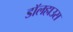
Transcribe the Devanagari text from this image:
डॉलहाउस